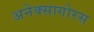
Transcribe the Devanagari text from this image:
अनेक्सागोरस